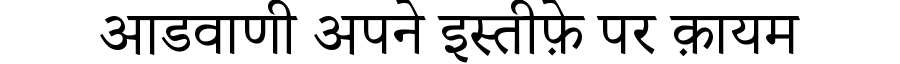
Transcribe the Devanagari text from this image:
आडवाणी अपने इस्तीफ़े पर क़ायम